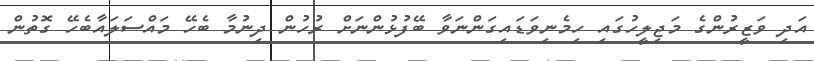
އަދި ވަޒީރުންގެ މަޖިލީހުގައި ހިމެނިވަޑައިގަންނަވާ ބޭފުޅުންނަށް ރުހުން ދިނުމާ ބެހޭ މައްސަލައާބެހޭ ގޮތުން